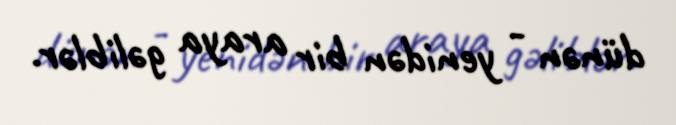
dünən - yenidən bir araya gəliblər.